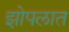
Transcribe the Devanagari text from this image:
झोपलात